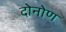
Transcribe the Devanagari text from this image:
दोनोण